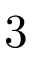
3